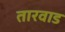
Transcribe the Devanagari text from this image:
तारवाड